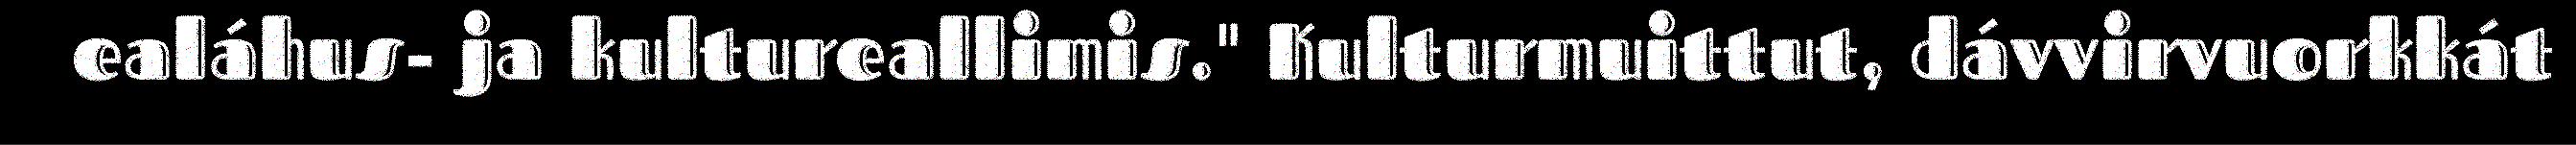
ealáhus- ja kultureallimis." Kulturmuittut, dávvirvuorkkát